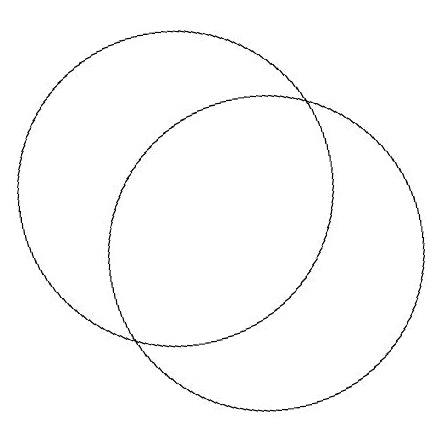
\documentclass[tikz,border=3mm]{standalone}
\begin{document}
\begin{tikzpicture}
\draw (11,11) circle (0);
\draw (11,10) circle (2);
\draw (10,11) circle (2);
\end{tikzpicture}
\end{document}